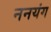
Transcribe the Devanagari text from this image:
ननयंग